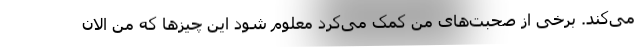
می‌کند. برخی از صحبت‌های من کمک می‌کرد معلوم شود این چیزها که من الان